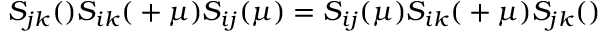
S _ { j k } ( \l ) S _ { i k } ( \l + \mu ) S _ { i j } ( \mu ) = S _ { i j } ( \mu ) S _ { i k } ( \l + \mu ) S _ { j k } ( \l )